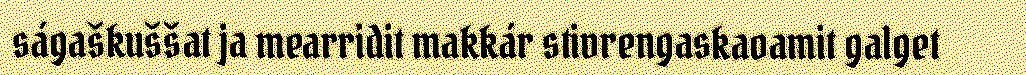
ságaškuššat ja mearridit makkár stivrengaskaoamit galget